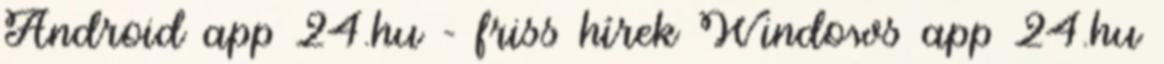
Android app 24.hu - friss hírek Windows app 24.hu